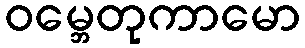
ဝမ္ဘေတုကာမော